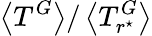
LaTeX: \left<T^{G}\right>/\left<T_{r^{\star}}^{G}\right>